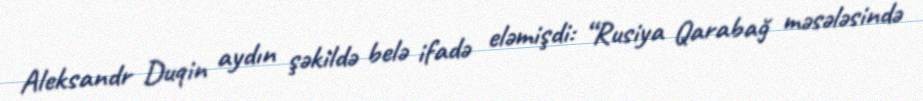
Aleksandr Duqin aydın şəkildə belə ifadə eləmişdi: “Rusiya Qarabağ məsələsində